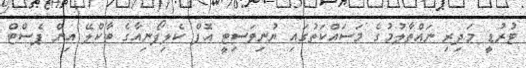
ޓުރުޑީ މަދިރި ނައްތާލުމުގެ މަސައްކަތުގައި ޔުނިވަސިޓީ އޮފް ކެލިފޯނިއާގެ ބާކްލޭ އިން ޕެސްޓް